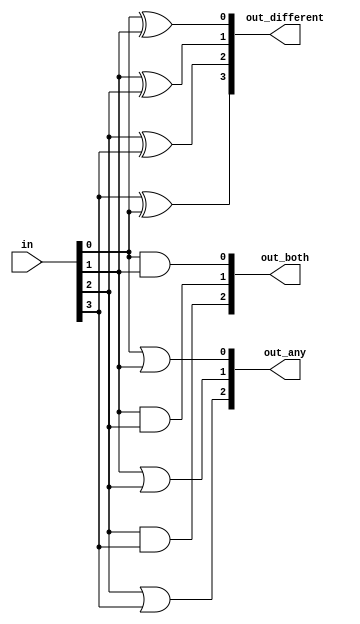
module top_module( 
    input [3:0] in,
    output [2:0] out_both,
    output [3:1] out_any,
    output [3:0] out_different );

    integer i;
    always @(*) begin
        for(i=0; i<3; i=i+1)begin
            out_both[i]  = in[i] & in[i+1];
            out_any[i+1] = in[i] | in[i+1];
        end
    end

    reg [1:0] j;
    integer k;
    always @(*) begin
        for(k=0; k<4; k=k+1)begin
            j = k+1;
            out_different[k] = in[k] ^ in[j];
        end
    end

    //// answer on HDLBITS
    //// Use bitwise operators and part-select to do the entire calculation in one line of code
	//// in[3:1] is this vector:   					 in[3]  in[2]  in[1]
	//// in[2:0] is this vector:   					 in[2]  in[1]  in[0]
	//// Bitwise-OR produces a 3 bit vector.			|      |      |
	//// Assign this 3-bit result to out_any[3:1]:	o_a[3] o_a[2] o_a[1]

	//// Thus, each output bit is the OR of the input bit and its neighbour to the right:
	//// e.g., out_any[1] = in[1] | in[0];	
	//// Notice how this works even for long vectors.
	//assign out_any = in[3:1] | in[2:0];

	//assign out_both = in[2:0] & in[3:1];
	//
	//// XOR 'in' with a vector that is 'in' rotated to the right by 1 position: {in[0], in[3:1]}
	//// The rotation is accomplished by using part selects[] and the concatenation operator{}.
	//assign out_different = in ^ {in[0], in[3:1]};
endmodule